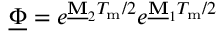
\underline { { \boldsymbol { \Phi } } } = e ^ { \mathbf { \underline { { M } } } _ { 2 } T _ { \mathrm { m } } / 2 } e ^ { \mathbf { \underline { { M } } } _ { 1 } T _ { \mathrm { m } } / 2 }